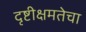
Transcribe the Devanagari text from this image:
दृष्टीक्षमतेचा